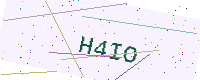
Text: H4IO